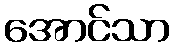
အောင်သာ